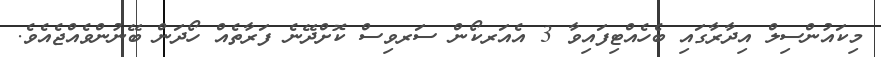
މިކައުންސިލް އިދާރާގައި ބެހެއްޓިފައިވާ 3 އެއަރކޯން ސަރވިސް ކޮށްދޭނެ ފަރާތެއް ހޯދަން ބޭނުންވެއްޖެއެވެ.